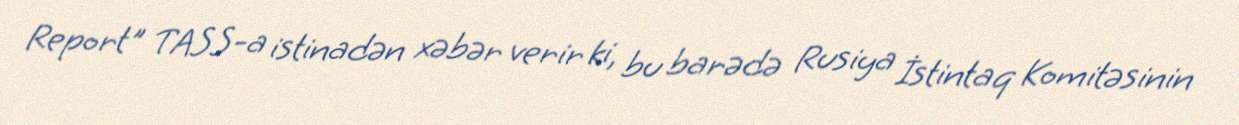
Report" TASS-a istinadən xəbər verir ki, bu barədə Rusiya İstintaq Komitəsinin